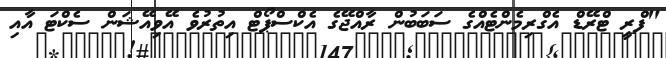
"ފްރީ ޓްރޭޑް އެގްރިމެންޓެއްގެ ސަބަބުން ރާއްޖޭގެ އެކްސްޕޯޓް އިތުރުވެ އޭވިއޭޝަން ސެކްޓަ އާއި